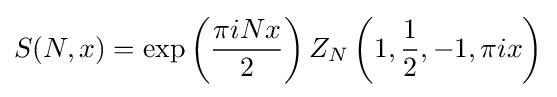
S(N,x)=\exp \left({\frac {\pi iNx}{2}}\right)Z_{N}\left(1,{\frac {1}{2}},-1,\pi ix\right)